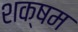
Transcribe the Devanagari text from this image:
शक्षम